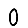
Digit: 0